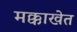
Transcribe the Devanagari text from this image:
मक्काखेत